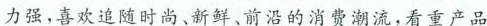
力强，喜欢追随时尚、新鲜、前沿的消费潮流，看重产品